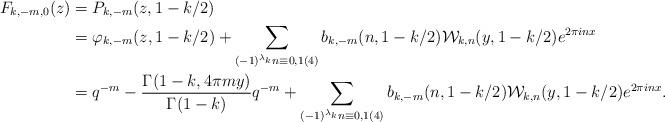
LaTeX: \begin{align*}F_{k,-m,0}(z) &= P_{k,-m}(z,1-k/2)\\&= \varphi_{k,-m}(z,1-k/2) + \sum_{(-1)^{\lambda_k}n \equiv 0,1 (4)}b_{k,-m}(n,1-k/2)\mathcal{W}_{k,n}(y,1-k/2)e^{2\pi inx}\\&= q^{-m}-\frac{\Gamma(1-k,4\pi my)}{\Gamma(1-k)}q^{-m}+ \sum_{(-1)^{\lambda_k}n \equiv 0,1 (4)}b_{k,-m}(n,1-k/2)\mathcal{W}_{k,n}(y,1-k/2)e^{2\pi inx}.\end{align*}